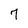
Character: 7